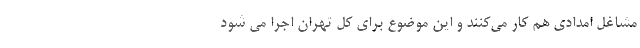
مشاغل امدادی هم کار می‌کنند و این موضوع برای کل تهران اجرا می شود